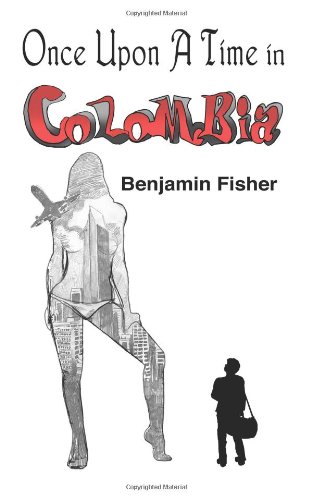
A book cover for Once Upon a Time in Colombia; Benjamin Fisher; Travel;